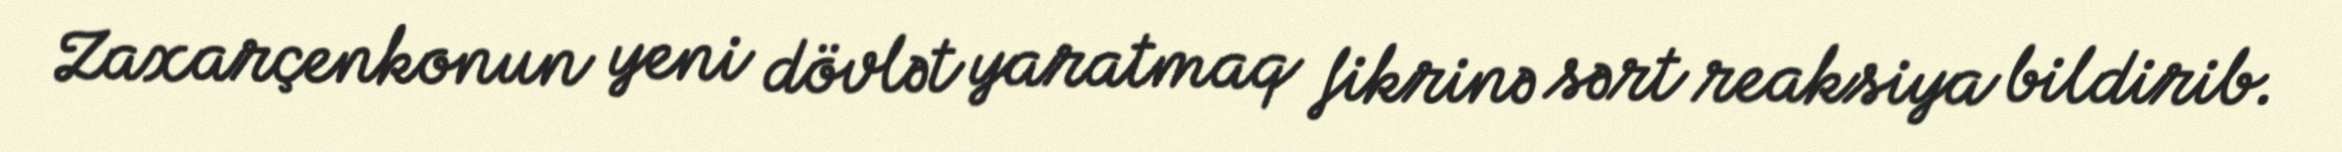
Zaxarçenkonun yeni dövlət yaratmaq fikrinə sərt reaksiya bildirib.